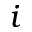
i